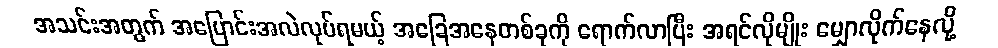
အသင်းအတွက် အပြောင်းအလဲလုပ်ရမယ့် အခြေအနေတစ်ခုကို ရောက်လာပြီး အရင်လိုမျိုး မျှောလိုက်နေလို့